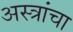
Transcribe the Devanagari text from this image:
अस्त्रांचा